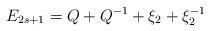
LaTeX: \begin{align*}E_{2s+1}=Q+Q^{-1}+\xi _{2}+\xi _{2}^{-1} \end{align*}